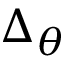
\Delta _ { \theta }